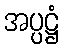
အပ္ပဋ္ဌံ